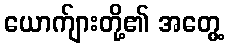
ယောက်ျားတို့၏ အတွေ့